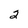
Character: 2